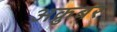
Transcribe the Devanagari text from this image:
अक्रुबर